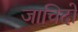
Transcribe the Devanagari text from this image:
जाचिदो